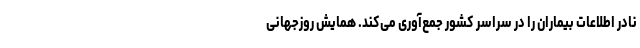
نادر اطلاعات بیماران را در سراسر کشور جمع‌آوری می‌کند. همایش روزجهانی